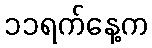
၁၁ရက်နေ့က